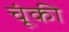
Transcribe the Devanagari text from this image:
चूंकी